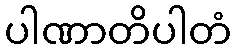
ပါဏာတိပါတံ